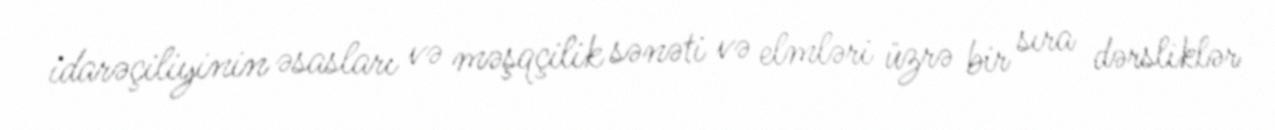
idarəçiliyinin əsasları və məşqçilik sənəti və elmləri üzrə bir sıra dərsliklər